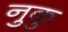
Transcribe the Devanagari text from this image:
नुकु